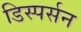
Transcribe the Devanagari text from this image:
डिस्पर्सन